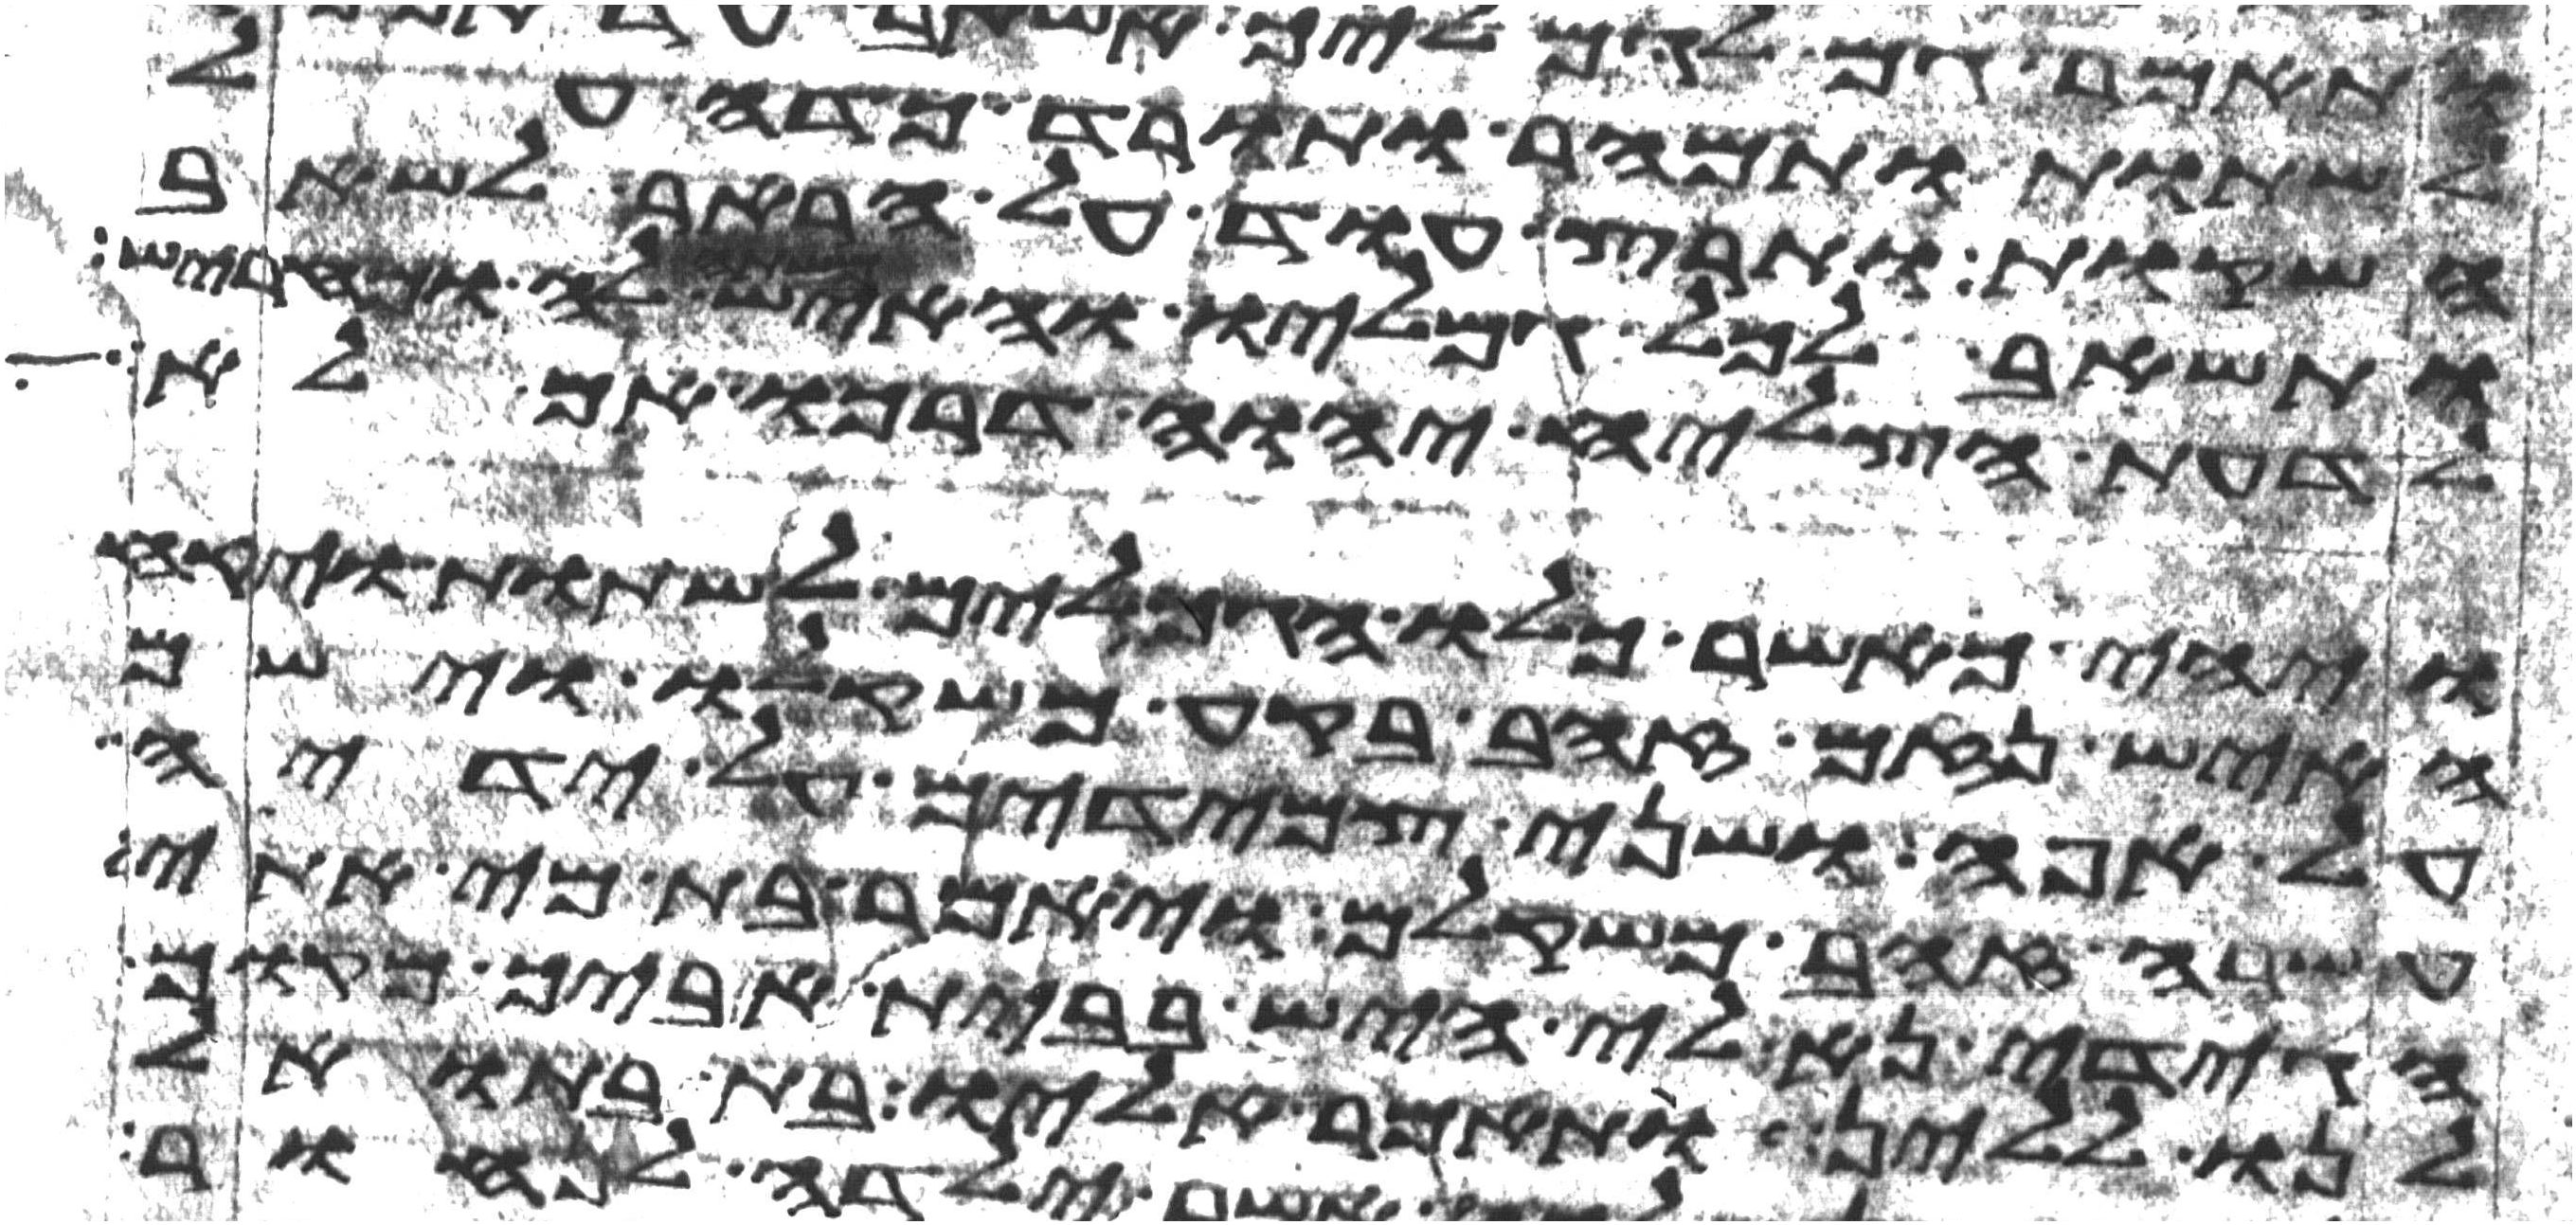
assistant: לשתות ותמהר ותורד כדה על
השקות ותרץ עוד אל הבאר לשאב
ותשאב לכל גמליו והאיש משתה לה ומחריש
לדעת הצליח יהוה דרכו אם לא
ויהי כאשר כלו הגמלים לשתות ויקח
האיש נזם זהב בקע משקלו וישם
על אפה ושני צמידים על ידיה
עשרה זהב משקלם ויאמר בת מי אתי
הגידי נא לי היש בבית אביך מקום
לנו ללין ותאמר אליו בת בתואל